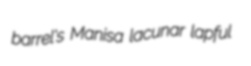
barrel's Manisa lacunar lapful